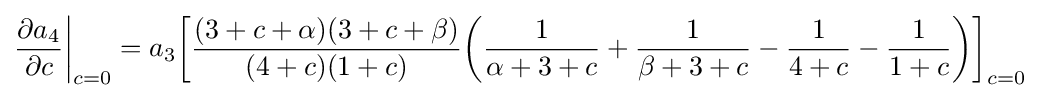
{\frac {\partial a_{4}}{\partial c}}{\bigg \vert }_{c=0}=a_{3}{\bigg [}{\frac {(3+c+\alpha )(3+c+\beta )}{(4+c)(1+c)}}{\bigg (}{\frac {1}{\alpha +3+c}}+{\frac {1}{\beta +3+c}}-{\frac {1}{4+c}}-{\frac {1}{1+c}}{\bigg )}{\bigg ]}_{c=0}